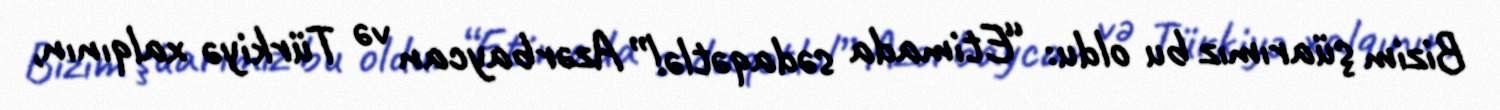
Bizim şüarımız bu oldu: “Etimada sədaqətlə!” Azərbaycan və Türkiyə xalqının,